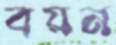
বয়ন